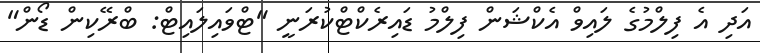
އަދި އެ ފިލްމުގެ ލައިވް އެކްޝަން ފިލްމު ޑައިރެކްޓްކުރަނީ "ޓްވައިލައިޓް: ބްރޭކިން ޑޯން"